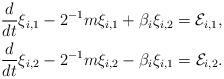
LaTeX: \begin{align*}&\frac{d}{dt} \xi_{i,1}-2^{-1}m \xi_{i,1}+\beta_i\xi_{i,2}=\mathcal{E}_{i,1},\\ &\frac{d}{dt} \xi_{i,2}-2^{-1}m \xi_{i,2}-\beta_i\xi_{i,1}=\mathcal{E}_{i,2}. \end{align*}